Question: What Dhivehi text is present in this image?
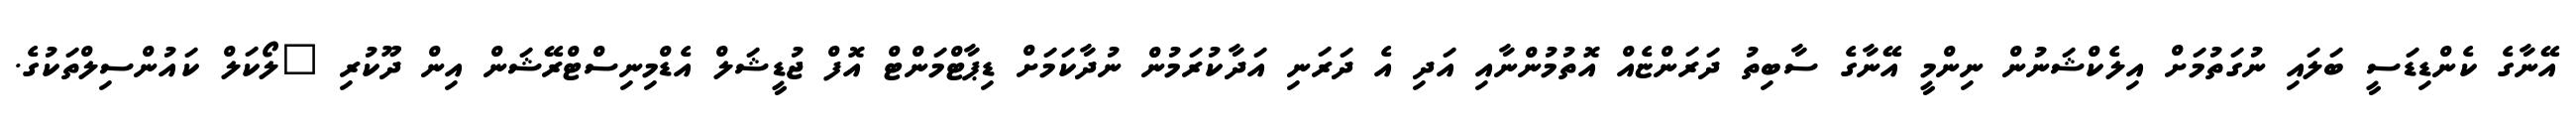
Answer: އޭނާގެ ކެންޑިޑަސީ ބަލައި ނުގަތުމަށް އިލެކްޝަނުން ނިންމީ އޭނާގެ ސާބިތު ދަރަންޏެއް އޮތުމުންނާއި އަދި އެ ދަރަނި އަދާކުރަމުން ނުދާކަމަށް ޑިޕާޓްމަންޓް އޮފް ޖުޑީޝަލް އެޑްމިނިސްޓްރޭޝަން އިން ދޫކުރި "ލޯކަލް ކައުންސިލްތަކުގެ.